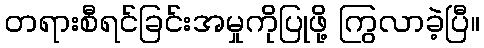
တရားစီရင်ခြင်းအမှုကိုပြုဖို့ ကြွလာခဲ့ပြီ။